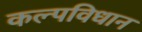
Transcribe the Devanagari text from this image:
कल्पविधान